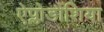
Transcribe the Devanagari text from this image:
ऐप्लोडौंशिया